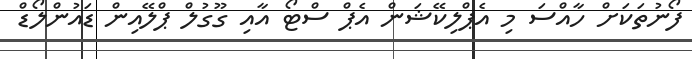
ފޯނުތަކަށް ހާއްސަ މި އެޕްލިކޭޝަން އެޕް ސްޓޯ އާއި ގޫގުލް ޕްލޭއިން ޑައުންލޯޑް